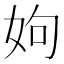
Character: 姁